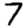
Digit: 7